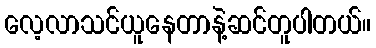
လေ့လာသင်ယူနေတာနဲ့ဆင်တူပါတယ်။